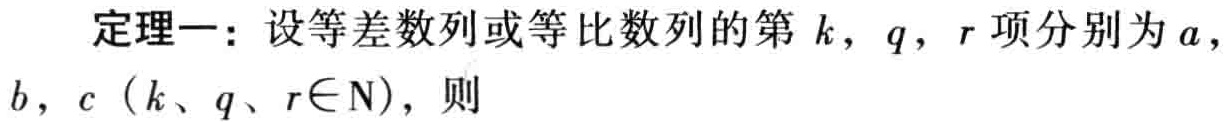
定理一：设等差数列或等比数列的第\(k\)，\(q\)，\(r\)项分别为\(a\)，\(b\)，\(c\)（\(k、q、r\in \mathrm{N}\)），则